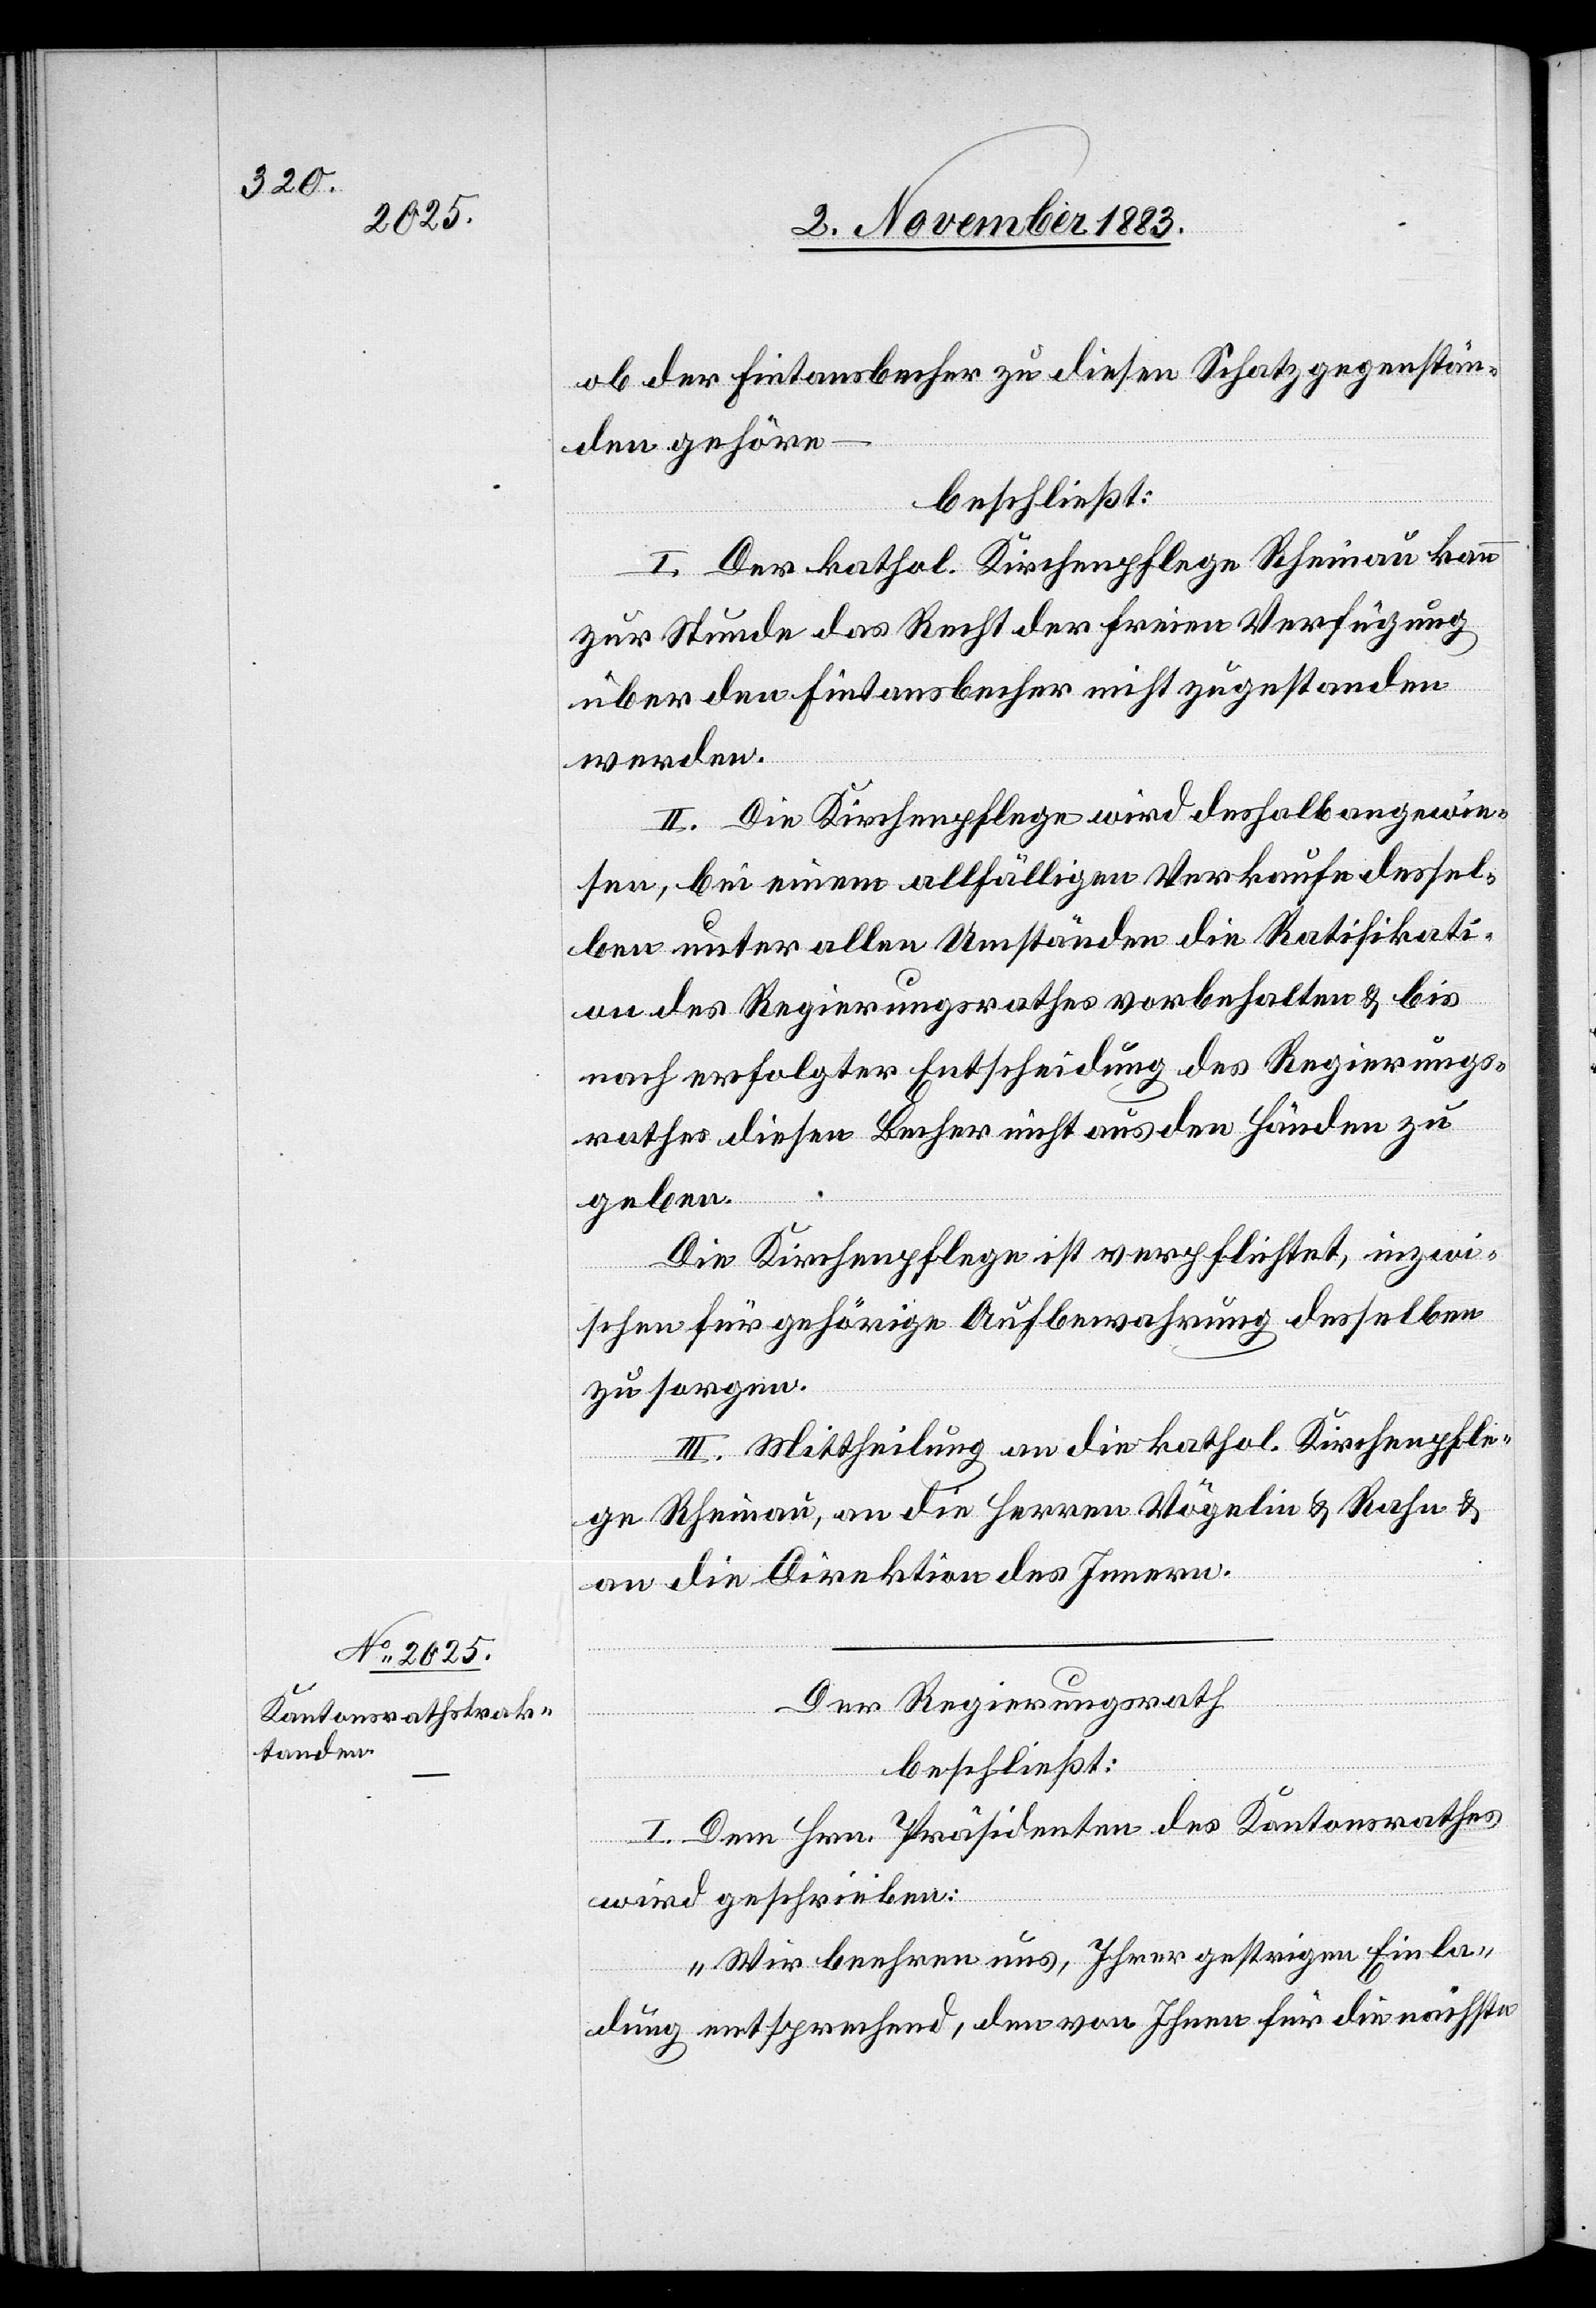
ob der Fintansbecher zu diesen Schatzgegenstän¬
den gehöre
beschließt:
I. Der kathol. Kirchenpflege Rheinau kann
zur Stunde das Recht der freien Verfügung
über den Fintansbecher nicht zugestanden
werden.
II. Die Kirchenpflege wird deshalb angewie¬
sen, bei einem allfälligen Verkaufe dessel¬
ben unter allen Umständen die Ratifikati¬
on des Regierungsrathes vorbehalten & bis
nach erfolgter Entscheidung des Regierungs¬
rathes diesen Becher nicht aus den Händen zu
geben.
Die Kirchenpflege ist verpflichtet, inzwi¬
[si¬
schen für gehörige Aufbewahrung desselben
zu sorgen.
III. Mittheilung an die kathol. Kirchenpfle¬
ge Rheinau, an die Herren Vögelin & Rahn &
an die Direktion des Innern.
Der Regierungsrath
beschließt:
c!] Dem Hrn. Präsidenten des Kantonsrathes
wird geschrieben:
„Wir beehren uns, Ihrer gestrigen Einla¬
dung entsprechend, den von Ihnen für die nächste